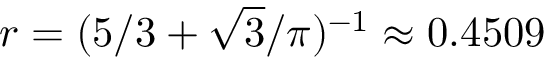
r = ( 5 / 3 + \sqrt { 3 } / \pi ) ^ { - 1 } \approx 0 . 4 5 0 9